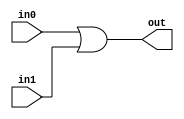
module C_Or(in0, in1, out);

	parameter BITS = 1;
	input [BITS-1:0] in0;
	input [BITS-1:0] in1;
	output [BITS-1:0] out;

	assign out = in0 | in1;

endmodule